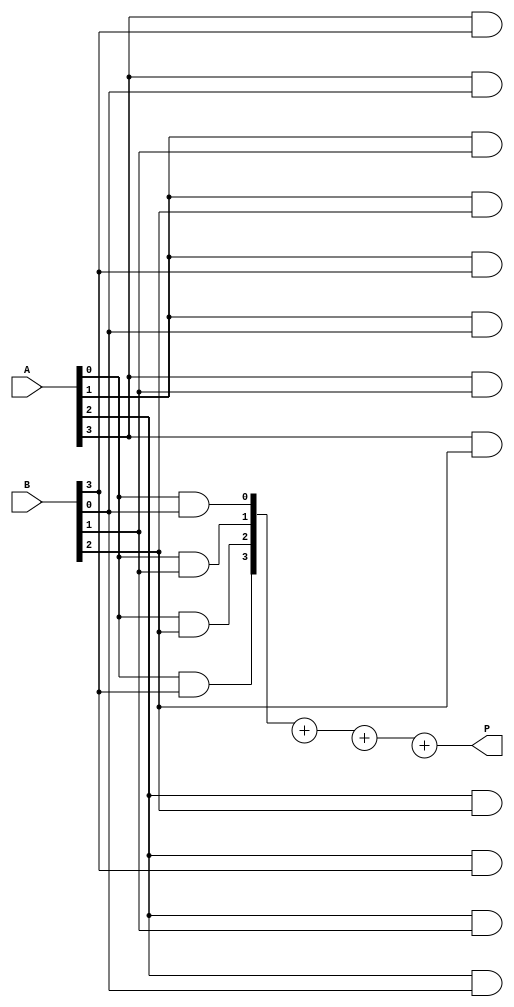
module array_multiplier #(parameter m = 4, n = 4) (
    input [m-1:0] A,
    input [n-1:0] B,
    output reg [m+n-1:0] P
);
    // Intermediate arrays for storing partial products
    wire [m+n-1:0] pp[m-1:0]; // Partial product array

    // Generate Partial Products
    genvar i, j;
    generate
        for (i = 0; i < m; i = i + 1) begin: pp_gen
            for (j = 0; j < n; j = j + 1) begin: bitwise_product
                assign pp[i][i+j] = A[i] & B[j]; // Partial product bit
            end
        end
    endgenerate

    // Sum the Partial Products
    reg [m+n-1:0] sum [0:m-1]; // Array to hold the sums
    integer k;
    
    always @(*) begin
        // Initialize the sum with the first partial product
        sum[0] = pp[0];
        for (k = 1; k < m; k = k + 1) begin
            sum[k] = sum[k-1] + pp[k]; // Add partial products
        end
        P = sum[m-1]; // Assign the final sum to the product output
    end

endmodule